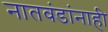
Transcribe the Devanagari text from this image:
नातवंडांनाही